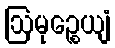
ဩမုဉ္စေယျံ